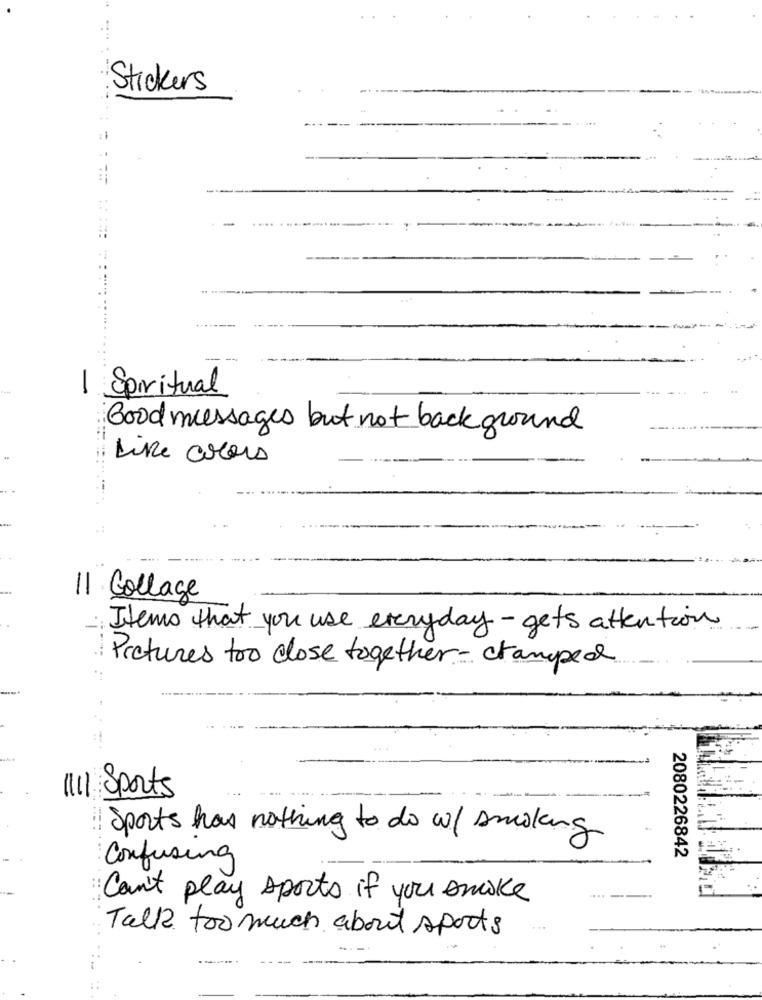
Stickers
-
..... .
..
- -
1 Spiritual
Boodmessages but not back ground
Like colors
11 Collage
Items that you use everyday - gets attention
Pretures too close together- cramped
---
1111 Sports
Sports has nothing to do w/ smoking
2080226842
Confusing
Can't play sports if you smoke
Talk too much about sports